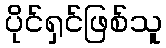
ပိုင်ရှင်ဖြစ်သူ